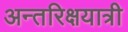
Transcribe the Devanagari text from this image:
अन्तरिक्षयात्री